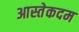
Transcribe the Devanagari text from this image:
आस्तेकदम